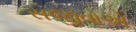
સજીવોએ